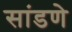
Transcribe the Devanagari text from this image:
सांडणे